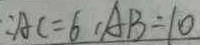
\because A C = 6 , A B = 1 0